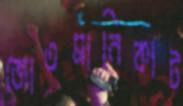
জোতমানিকাট